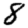
Digit: 8